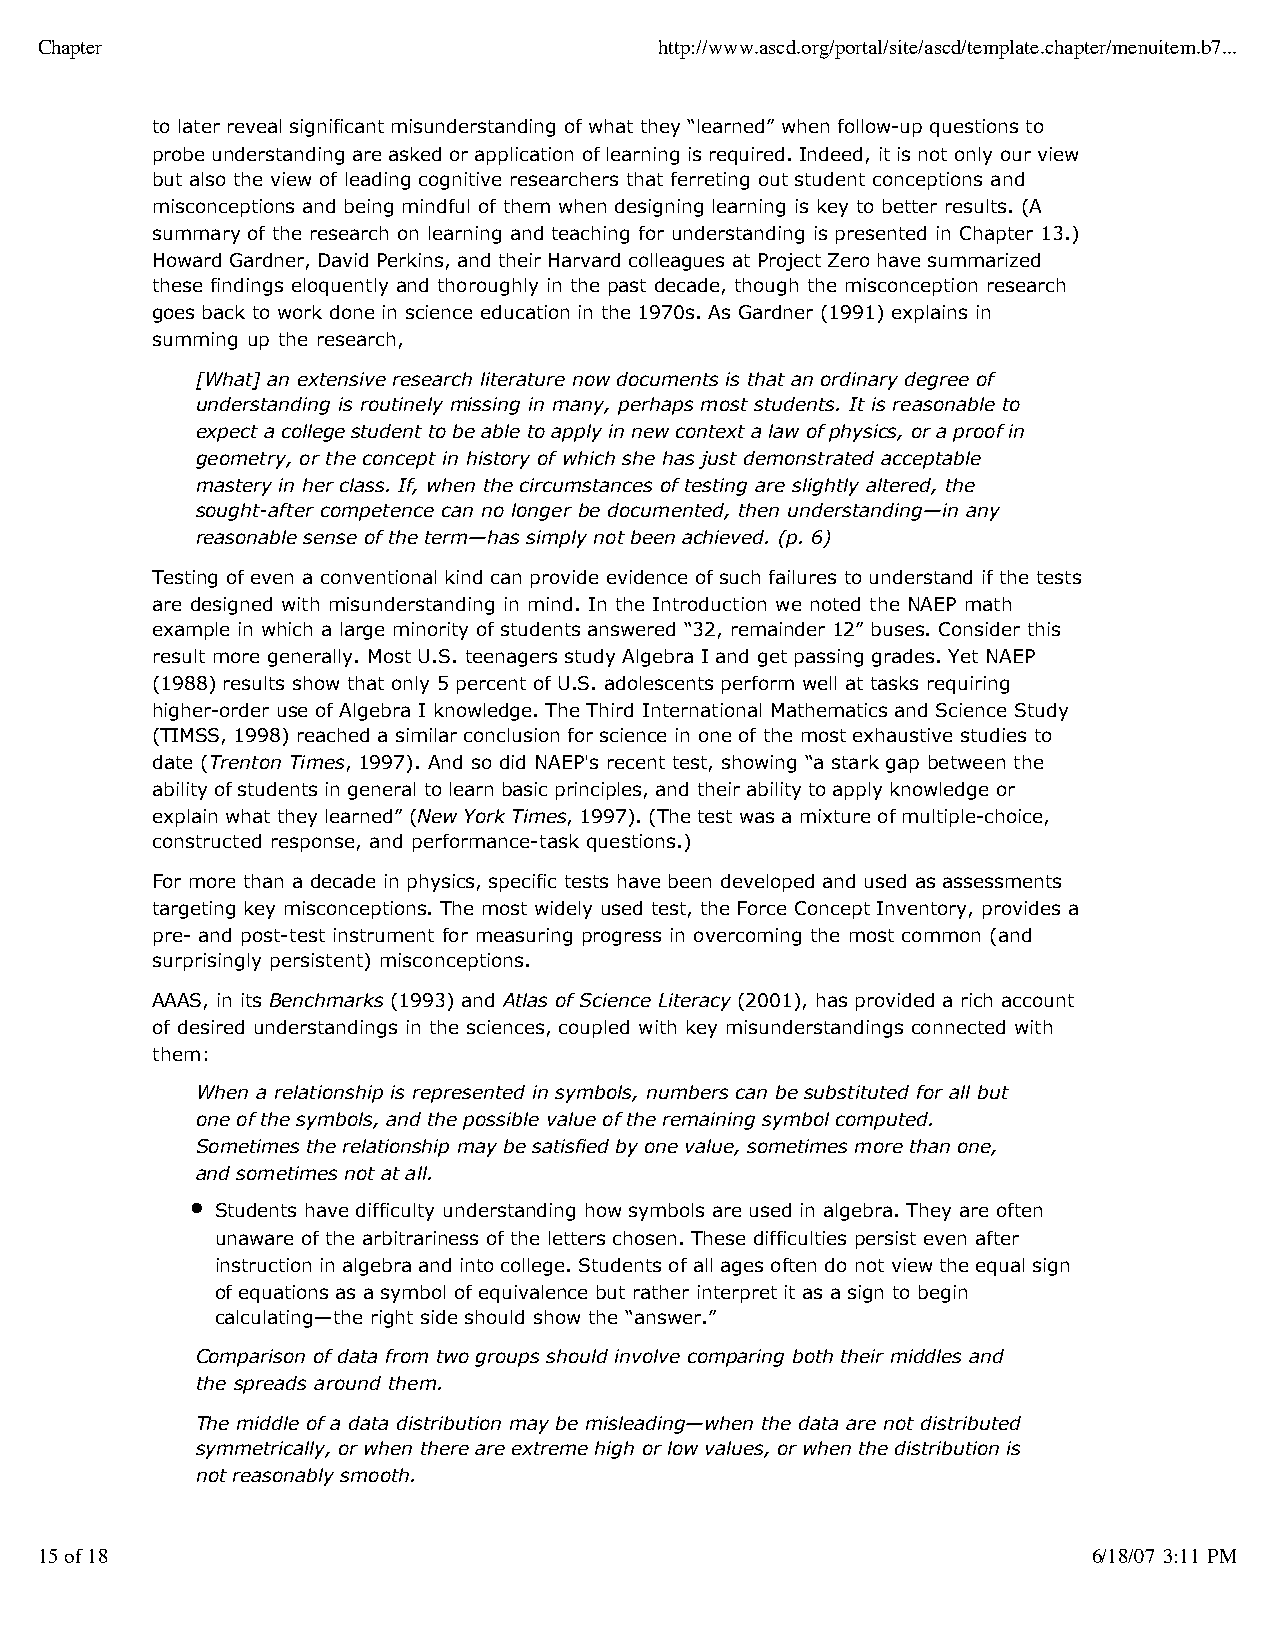
Chapter                                   http://www.ascd.org/portal/site/ascd/template.chapter/menuitem.b7...
 to later reveal significant misunderstanding of what they “learned” when follow-up questions to
 probe understanding are asked or application of learning is required. Indeed, it is not only our view
 but also the view of leading cognitive researchers that ferreting out student conceptions and
 misconceptions and being mindful of them when designing learning is key to better results. (A
 summary of the research on learning and teaching for understanding is presented in Chapter 13.)
 Howard Gardner, David Perkins, and their Harvard colleagues at Project Zero have summarized
 these findings eloquently and thoroughly in the past decade, though the misconception research
 goes back to work done in science education in the 1970s. As Gardner (1991) explains in
 summing up the research,
 [What] an extensive research literature now documents is that an ordinary degree of
 understanding is routinely missing in many, perhaps most students. It is reasonable to
 expect a college student to be able to apply in new context a law of physics, or a proof in
 geometry, or the concept in history of which she has just demonstrated acceptable
 mastery in her class. If, when the circumstances of testing are slightly altered, the
 sought-after competence can no longer be documented, then understanding—in any
 reasonable sense of the term—has simply not been achieved. (p. 6)
 Testing of even a conventional kind can provide evidence of such failures to understand if the tests
 are designed with misunderstanding in mind. In the Introduction we noted the NAEP math
 example in which a large minority of students answered “32, remainder 12” buses. Consider this
 result more generally. Most U.S. teenagers study Algebra I and get passing grades. Yet NAEP
 (1988) results show that only 5 percent of U.S. adolescents perform well at tasks requiring
 higher-order use of Algebra I knowledge. The Third International Mathematics and Science Study
 (TIMSS, 1998) reached a similar conclusion for science in one of the most exhaustive studies to
 date (Trenton Times, 1997). And so did NAEP's recent test, showing “a stark gap between the
 ability of students in general to learn basic principles, and their ability to apply knowledge or
 explain what they learned” (New York Times, 1997). (The test was a mixture of multiple-choice,
 constructed response, and performance-task questions.)
 For more than a decade in physics, specific tests have been developed and used as assessments
 targeting key misconceptions. The most widely used test, the Force Concept Inventory, provides a
 pre- and post-test instrument for measuring progress in overcoming the most common (and
 surprisingly persistent) misconceptions.
 AAAS, in its Benchmarks (1993) and Atlas of Science Literacy (2001), has provided a rich account
 of desired understandings in the sciences, coupled with key misunderstandings connected with
 them:
 When a relationship is represented in symbols, numbers can be substituted for all but
 one of the symbols, and the possible value of the remaining symbol computed.
 Sometimes the relationship may be satisfied by one value, sometimes more than one,
 and sometimes not at all.
 Students have difficulty understanding how symbols are used in algebra. They are often
 unaware of the arbitrariness of the letters chosen. These difficulties persist even after
 instruction in algebra and into college. Students of all ages often do not view the equal sign
 of equations as a symbol of equivalence but rather interpret it as a sign to begin
 calculating—the right side should show the “answer.”
 Comparison of data from two groups should involve comparing both their middles and
 the spreads around them.
 The middle of a data distribution may be misleading—when the data are not distributed
 symmetrically, or when there are extreme high or low values, or when the distribution is
 not reasonably smooth.
 15 of 18                                                              6/18/07 3:11 PM